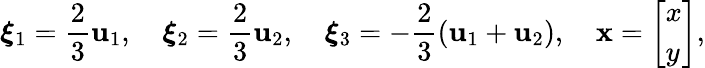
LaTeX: {\boldsymbol{\xi}}_{1}={\frac{2}{3}}\mathbf{u}_{1},\quad{\boldsymbol{\xi}}_{2}={\frac{2}{3}}\mathbf{u}_{2},\quad{\boldsymbol{\xi}}_{3}=-{\frac{2}{3}}(\mathbf{u}_{1}+\mathbf{u}_{2}),\quad\mathbf{x}={\left[\begin{array}{l}{x}\\ {y}\end{array}\right]},